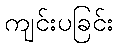
ကျင်းပခြင်း